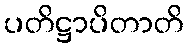
ပတိဋ္ဌာပိတာတိ